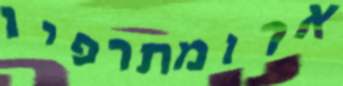
ארומתרפיו